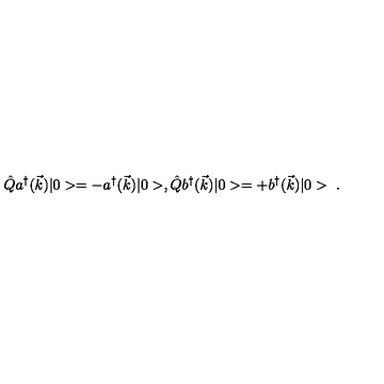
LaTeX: \hat { Q } a ^ { \dagger } ( \vec { k } ) | 0 > = - a ^ { \dagger } ( \vec { k } ) | 0 > , \hat { Q } b ^ { \dagger } ( \vec { k } ) | 0 > = + b ^ { \dagger } ( \vec { k } ) | 0 > \ .